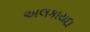
અલકાયદા